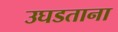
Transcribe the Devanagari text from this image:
उघडताना